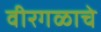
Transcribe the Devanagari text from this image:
वीरगळाचे